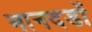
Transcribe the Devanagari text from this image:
मानदडों